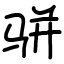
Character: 骈